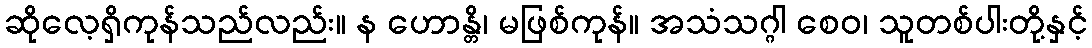
ဆိုလေ့ရှိကုန်သည်လည်း။ န ဟောန္တိ၊ မဖြစ်ကုန်။ အသံသဂ္ဂါ စေဝ၊ သူတစ်ပါးတို့နှင့်